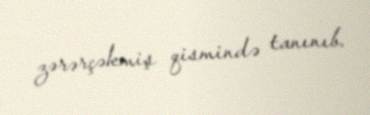
zərərçəkmiş qismində tanınıb.